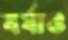
বর্ষাও